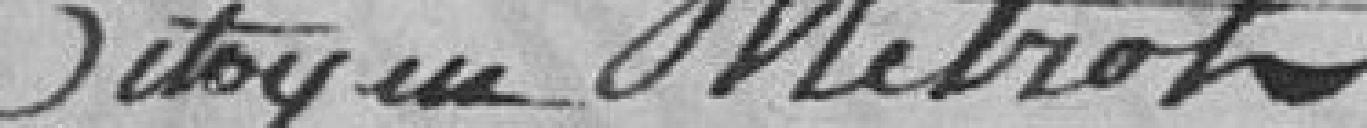
Citoyen Mettron